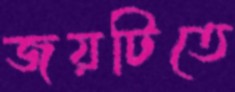
জয়টিতে